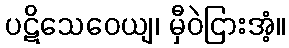
ပဋိသေဝေယျ၊ မှီဝဲငြားအံ့။